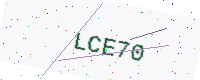
Text: LCE70